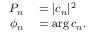
\begin{array} { r l } { P _ { n } } & { { } = | c _ { n } | ^ { 2 } } \\ { \phi _ { n } } & { { } = \arg c _ { n } . } \end{array}